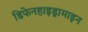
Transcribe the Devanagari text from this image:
डिफेनहाइड्रामाइन